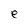
Character: e